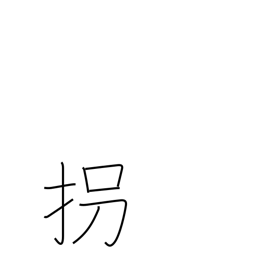
Meaning: kidnap